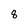
Character: 8